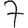
Digit: 7